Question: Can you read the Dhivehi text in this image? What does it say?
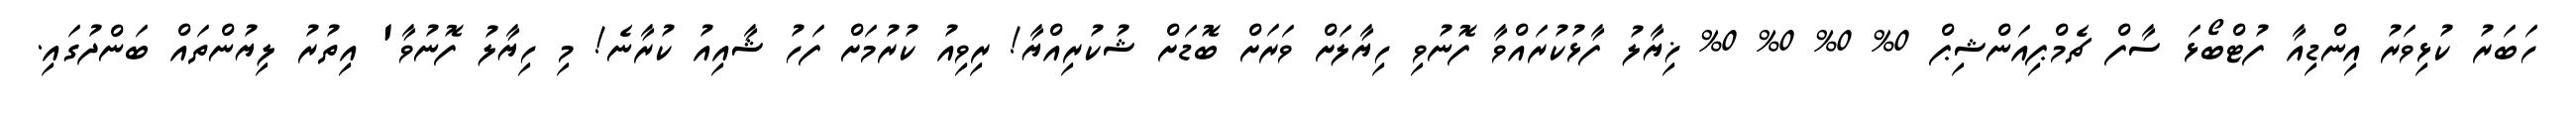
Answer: ހަބަރު ކުޅިވަރު އިންޑިއާ ފުޓްބޯޅަ ސާފް ޗެމްޕިއަންޝިޕް 0% 0% 0% 0% ޚިޔާލު ފާޅުކުރައްވާ ފޮނުވި ހިޔާލަށް ވަރަށް ބޮޑަށް ޝުކުރިއްޔާ! ރިވިއު ކުރުމަށް ފަހު ޝާއިއު ކުރާނެ! މި ހިޔާލު ފޮނުވާ' އިތުރު ލިޔުންތައް ބަންދުގައި.